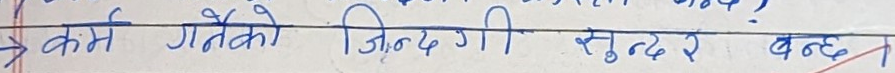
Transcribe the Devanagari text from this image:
कर्म गरेको जिन्दगी सुन्दर बन्द